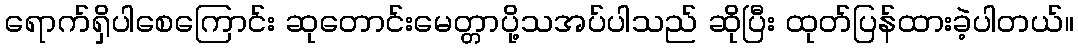
ရောက်ရှိပါစေကြောင်း ဆုတောင်းမေတ္တာပို့သအပ်ပါသည် ဆိုပြီး ထုတ်ပြန်ထားခဲ့ပါတယ်။